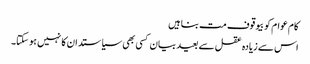
کام عوام کو بیوقوف مت بناہیں
اس سے زیادہ عقل سے بعید بیان کسی بھی سیاستدان کا نہیں ہو سکتا۔